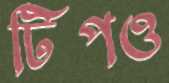
টিপও